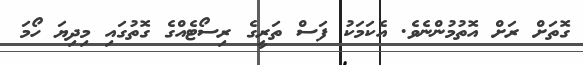
ގޮތަށް ރަށް އޮތުމުންނެވެ. އެކަމަކު ފަސް ތަރީގެ ރިސޯޓެއްގެ ގޮތުގައި މިދިޔަ ހޯމަ